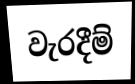
වැරදීම්